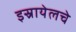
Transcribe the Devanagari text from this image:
इस्रायेलचे